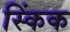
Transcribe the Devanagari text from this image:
स्किंक